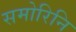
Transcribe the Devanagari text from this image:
समोरिनि